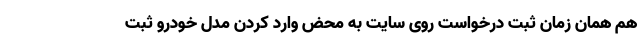
هم همان زمان ثبت درخواست روی سایت به محض وارد کردن مدل خودرو ثبت